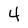
Character: 4